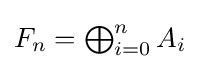
{\textstyle F_{n}=\bigoplus _{i=0}^{n}A_{i}}